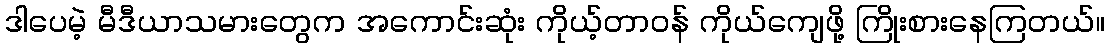
ဒါပေမဲ့ မီဒီယာသမားတွေက အကောင်းဆုံး ကိုယ့်တာဝန် ကိုယ်ကျေဖို့ ကြိုးစားနေကြတယ်။